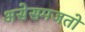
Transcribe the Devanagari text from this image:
असेसमजतो